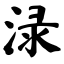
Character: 渌